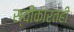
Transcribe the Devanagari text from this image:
स्वीकारतही